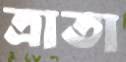
ত্রাতা